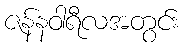
ဇန်နဝါရီလအတွင်း